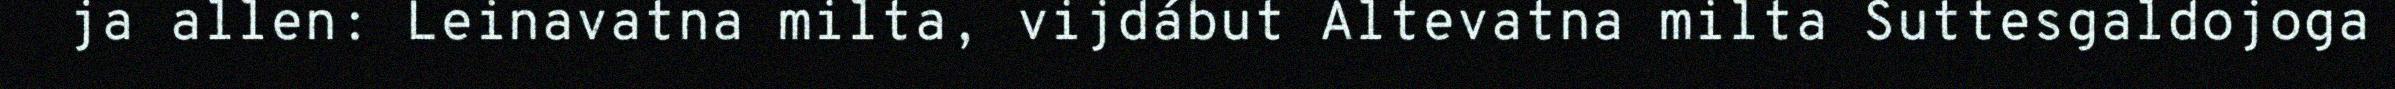
ja allen: Leinavatna milta, vijdábut Altevatna milta Suttesgaldojoga